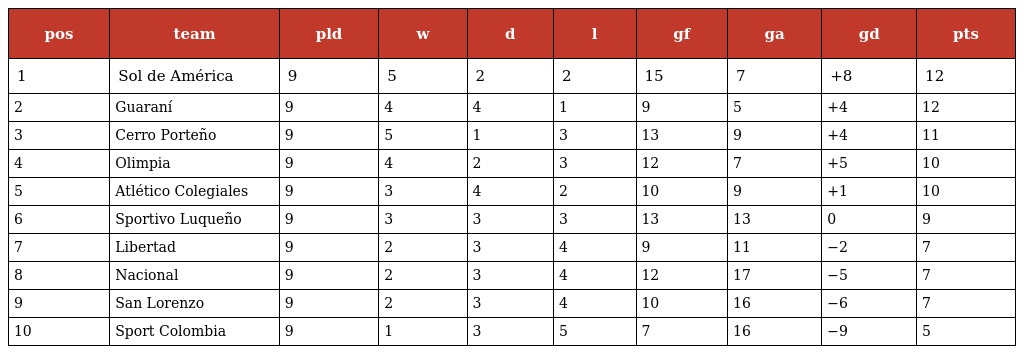
| pos | team | pld | w | d | l | gf | ga | gd | pts |
 | --- | --- | --- | --- | --- | --- | --- | --- | --- | --- |
 | 1 | Sol de América | 9 | 5 | 2 | 2 | 15 | 7 | +8 | 12 |
 | 2 | Guaraní | 9 | 4 | 4 | 1 | 9 | 5 | +4 | 12 |
 | 3 | Cerro Porteño | 9 | 5 | 1 | 3 | 13 | 9 | +4 | 11 |
 | 4 | Olimpia | 9 | 4 | 2 | 3 | 12 | 7 | +5 | 10 |
 | 5 | Atlético Colegiales | 9 | 3 | 4 | 2 | 10 | 9 | +1 | 10 |
 | 6 | Sportivo Luqueño | 9 | 3 | 3 | 3 | 13 | 13 | 0 | 9 |
 | 7 | Libertad | 9 | 2 | 3 | 4 | 9 | 11 | −2 | 7 |
 | 8 | Nacional | 9 | 2 | 3 | 4 | 12 | 17 | −5 | 7 |
 | 9 | San Lorenzo | 9 | 2 | 3 | 4 | 10 | 16 | −6 | 7 |
 | 10 | Sport Colombia | 9 | 1 | 3 | 5 | 7 | 16 | −9 | 5 |